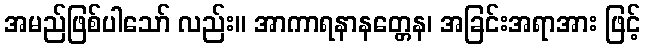
အမည်ဖြစ်ပါသော် လည်း။ အာကာရနာနတ္တေန၊ အခြင်းအရာအား ဖြင့်